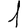
Digit: 1